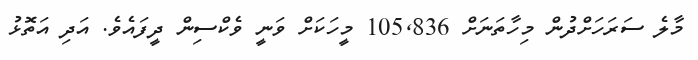
މާލެ ސަރަހަށްދުން މިހާތަނަށް 105